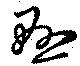
懸